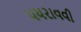
પધરાવવી